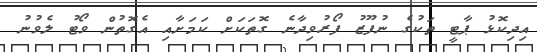
އިދިކޮޅު ޕާޓީ ތަކުގެ ނުފޫޒު ފޯރުވިދާނެ ގޮތަކަށް ކަމަށާއި އެގޮތުން ވޯޓު ލެވުނު